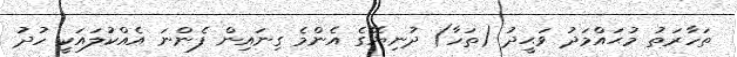
ތަހާރަތު މުޙައްމަދު ވަޙީދު (ތަހާ) ދުނިޔޭގެ އެންމެ ގިނައިން ފެންނަ އެއްކުލައަކީ ހުދު